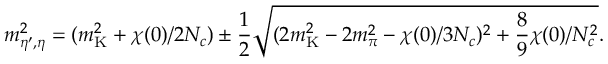
m _ { \eta ^ { \prime } , \eta } ^ { 2 } = ( m _ { \mathrm { K } } ^ { 2 } + \chi ( 0 ) / 2 N _ { c } ) \pm { \frac { 1 } { 2 } } \sqrt { ( 2 m _ { \mathrm { K } } ^ { 2 } - 2 m _ { \pi } ^ { 2 } - \chi ( 0 ) / 3 N _ { c } ) ^ { 2 } + { \frac { 8 } { 9 } } \chi ( 0 ) / N _ { c } ^ { 2 } } .